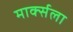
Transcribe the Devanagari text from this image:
मार्क्‍सला